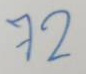
72